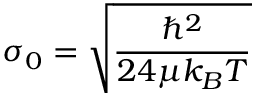
\sigma _ { 0 } = \sqrt { \frac { \hbar ^ { 2 } } { 2 4 \mu k _ { B } T } }